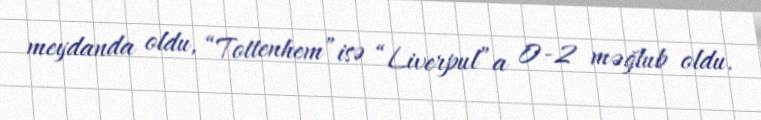
meydanda oldu, “Tottenhem”isə “Liverpul”a 0-2 məğlub oldu.